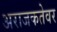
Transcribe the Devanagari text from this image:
अराजकतेवर